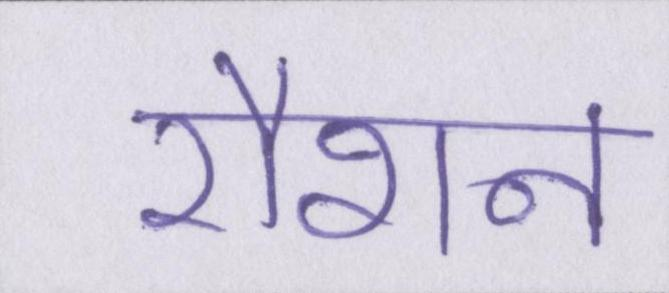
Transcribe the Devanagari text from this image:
रौशन